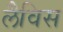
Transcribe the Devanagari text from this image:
लैविस